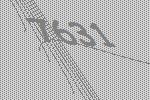
7631